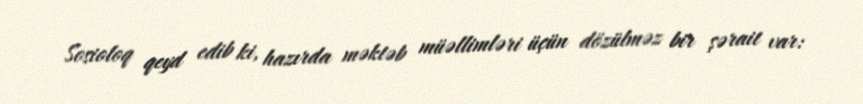
Sosioloq qeyd edib ki, hazırda məktəb müəllimləri üçün dözülməz bir şərait var: